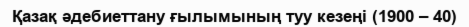
Қазақ әдебиеттану ғылымының туу кезеңі (1900 – 40)